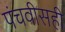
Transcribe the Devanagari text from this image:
पंचवीसही